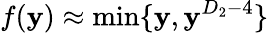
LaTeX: f(\mathbf{y})\approx\mathrm{{min}}\{ \mathbf{y},\mathbf{y}^{D_{2}-{4}}\}